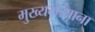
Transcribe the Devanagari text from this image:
मुख्यमंत्र्याना